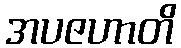
အပဇဟာတိ